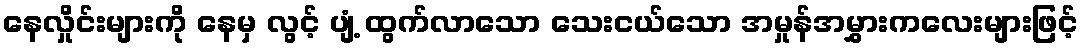
နေလှိုင်းများကို နေမှ လွင့် ပျံ့ ထွက်လာသော သေးငယ်သော အမှုန်အမွှားကလေးများဖြင့်